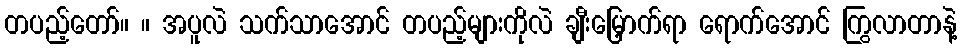
တပည့်တော်။ ။ အပူလဲ သက်သာအောင် တပည့်များကိုလဲ ချီးမြှောက်ရာ ရောက်အောင် ကြွလာတာနဲ့